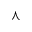
\curlywedge